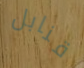
قنابل